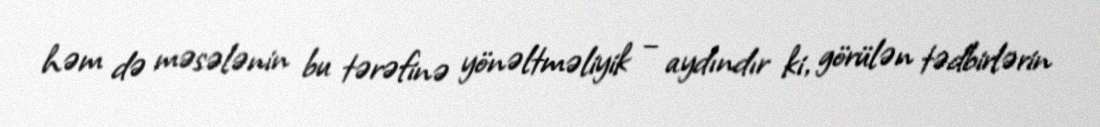
həm də məsələnin bu tərəfinə yönəltməliyik – aydındır ki, görülən tədbirlərin